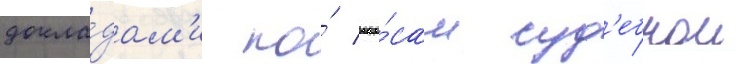
докла́дам'и по́ вопро́сам суд'ебнои